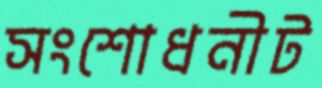
সংশোধনীট